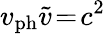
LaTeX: v_{\mathrm{ph}}\widetilde{v}\! =\! c^{2}